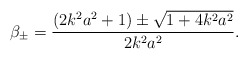
\begin{align*}\beta_{\pm}= \frac{(2 k^2 a^2 + 1) \pm \sqrt{1 + 4 k^2 a^2}}{2 k^2 a^2}.\end{align*}